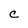
Character: C